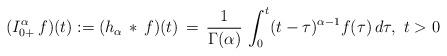
LaTeX: \begin{align*}(I^\alpha_{0+}\, f)(t) := (h_\alpha\, * \, f)(t) \, = \, \frac{1}{\Gamma(\alpha)}\, \int_0^t (t-\tau)^{\alpha-1}f(\tau)\, d\tau,\ t>0\end{align*}